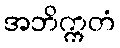
အဘိက္ကတံ